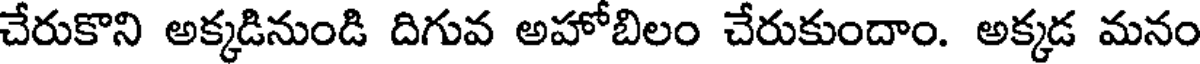
చేరుకొని అక్కడినుండి దిగువ అహోబిలం చేరుకుందాం. అక్కడ మనం